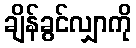
ချိန်ခွင်လျှာကို